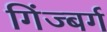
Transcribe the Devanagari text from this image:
गिंज्बर्ग